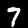
Digit: 7